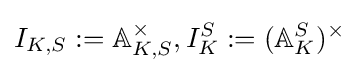
I_{K,S}:=\mathbb {A} _{K,S}^{\times },I_{K}^{S}:=(\mathbb {A} _{K}^{S})^{\times }